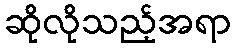
ဆိုလိုသည့်အရာ